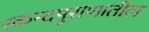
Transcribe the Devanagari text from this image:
स्कन्दपुराणातील